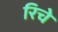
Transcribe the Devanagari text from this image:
रिचे